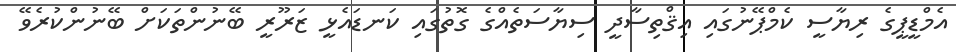
އެމްޑީޕީގެ ރިޔާސީ ކެމްޕޭނުގައި އިޤްތިސާދީ ސިޔާސަތެއްގެ ގޮތުގައި ކަނޑައެޅީ ޒަރޫރީ ބޭނުންތަކަށް ބޭނުންކުރެވޭ